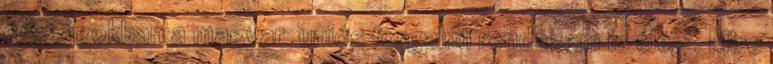
országokban a magyar uniós forgalmi rendszám is elég . Mire